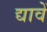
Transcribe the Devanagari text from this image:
द्यावें